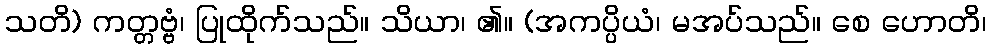
သတိ) ကတ္တဗ္ဗံ၊ ပြုထိုက်သည်။ သိယာ၊ ၏။ (အကပ္ပိယံ၊ မအပ်သည်။ စေ ဟောတိ၊